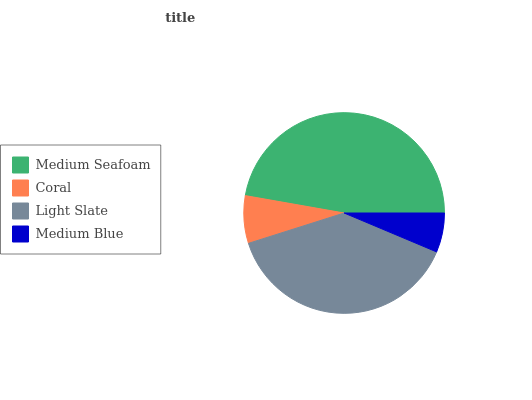
| Medium Seafoam | Coral | Light Slate | Medium Blue |
 | --- | --- | --- | --- |
 | 47.2% | 7.65% | 38.8% | 6.33% |